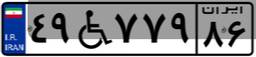
۴۹W۷۷۹۸۶